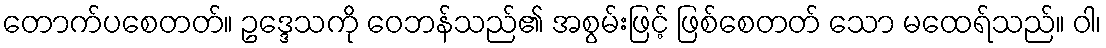
တောက်ပစေတတ်။ ဥဒ္ဒေသကို ဝေဘန်သည်၏ အစွမ်းဖြင့် ဖြစ်စေတတ် သော မထေရ်သည်။ ဝါ၊